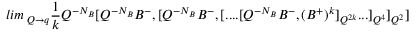
l i m \, _ { Q \rightarrow q } \frac 1 k Q ^ { - N _ { B } } [ Q ^ { - N _ { B } } B ^ { - } , [ Q ^ { - N _ { B } } B ^ { - } , [ . . . . [ Q ^ { - N _ { B } } B ^ { - } , ( B ^ { + } ) ^ { k } ] _ { Q ^ { 2 k } } . . . ] _ { Q ^ { 4 } } ] _ { Q ^ { 2 } } ]